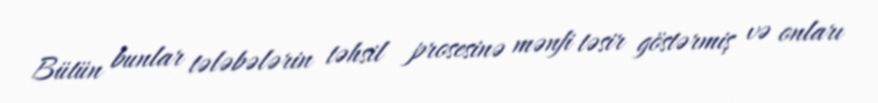
Bütün bunlar tələbələrin təhsil prosesinə mənfi təsir göstərmiş və onları